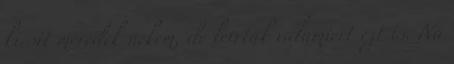
kicsit meredek nekem, de leírták valamiért ezt is. Na